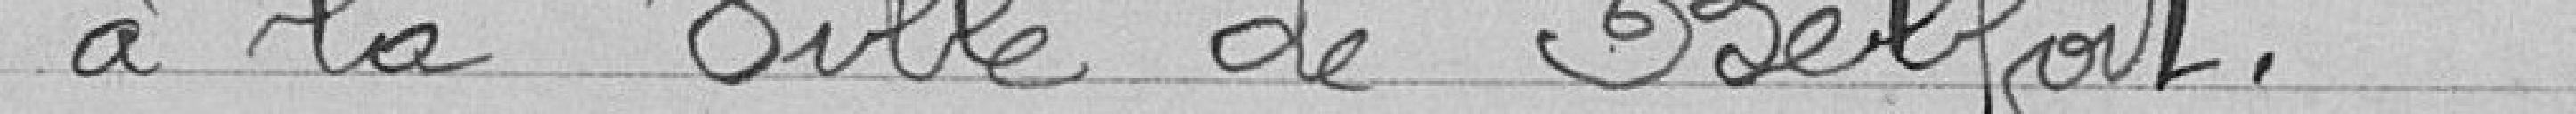
a la Ville de Belfort.